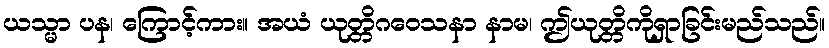
ယသ္မာ ပန၊ ကြောင့်ကား။ အယံ ယုတ္တိဂဝေသနာ နာမ၊ ဤယုတ္တိကိုရှာခြင်းမည်သည်။